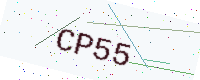
Text: CP55